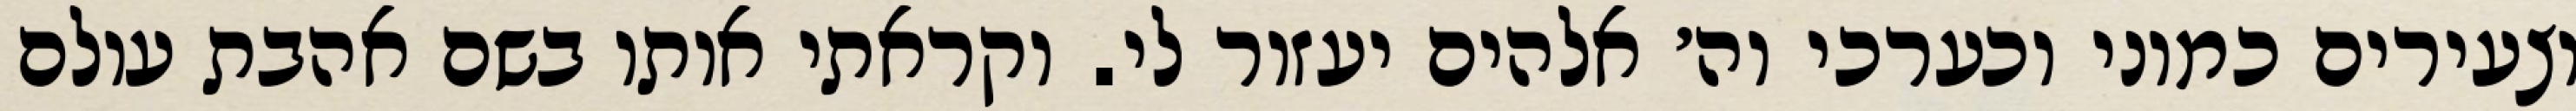
וצעירים כמוני וכערכי וה׳ אלהים יעזור לי. וקראתי אותו בשם אהבת עולם